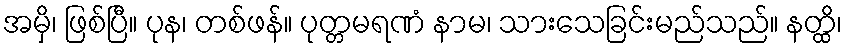
အမှိ၊ ဖြစ်ပြီ။ ပုန၊ တစ်ဖန်။ ပုတ္တမရဏံ နာမ၊ သားသေခြင်းမည်သည်။ နတ္ထိ၊